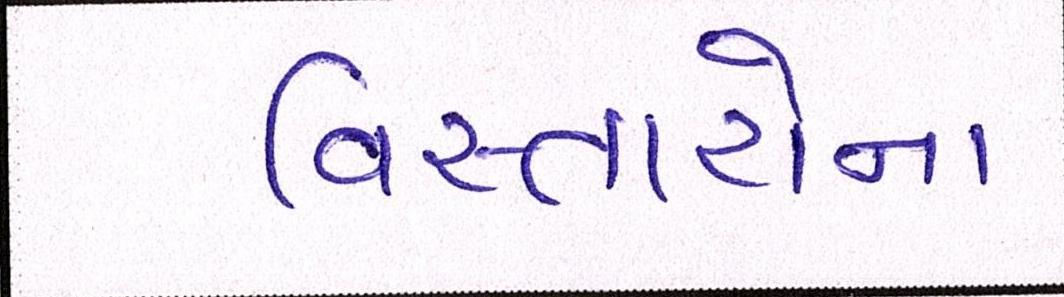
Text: વિસ્તારોના